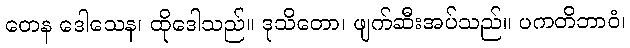
တေန ဒေါသေန၊ ထိုဒေါသည်။ ဒုသိတော၊ ဖျက်ဆီးအပ်သည်။ ပကတိဘာဝံ၊